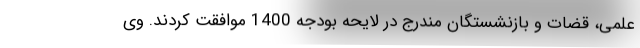
علمی، قضات و بازنشستگان مندرج در لایحه بودجه 1400 موافقت کردند. وی